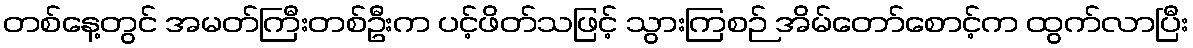
တစ်နေ့တွင် အမတ်ကြီးတစ်ဦးက ပင့်ဖိတ်သဖြင့် သွားကြစဉ် အိမ်တော်စောင့်က ထွက်လာပြီး